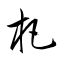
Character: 杷